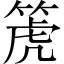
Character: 箎